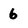
Character: 6